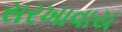
સરખાવાય